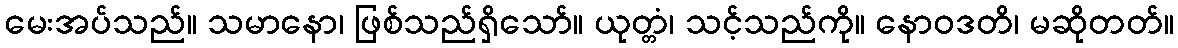
မေးအပ်သည်။ သမာနော၊ ဖြစ်သည်ရှိသော်။ ယုတ္တံ၊ သင့်သည်ကို။ နောဝဒတိ၊ မဆိုတတ်။